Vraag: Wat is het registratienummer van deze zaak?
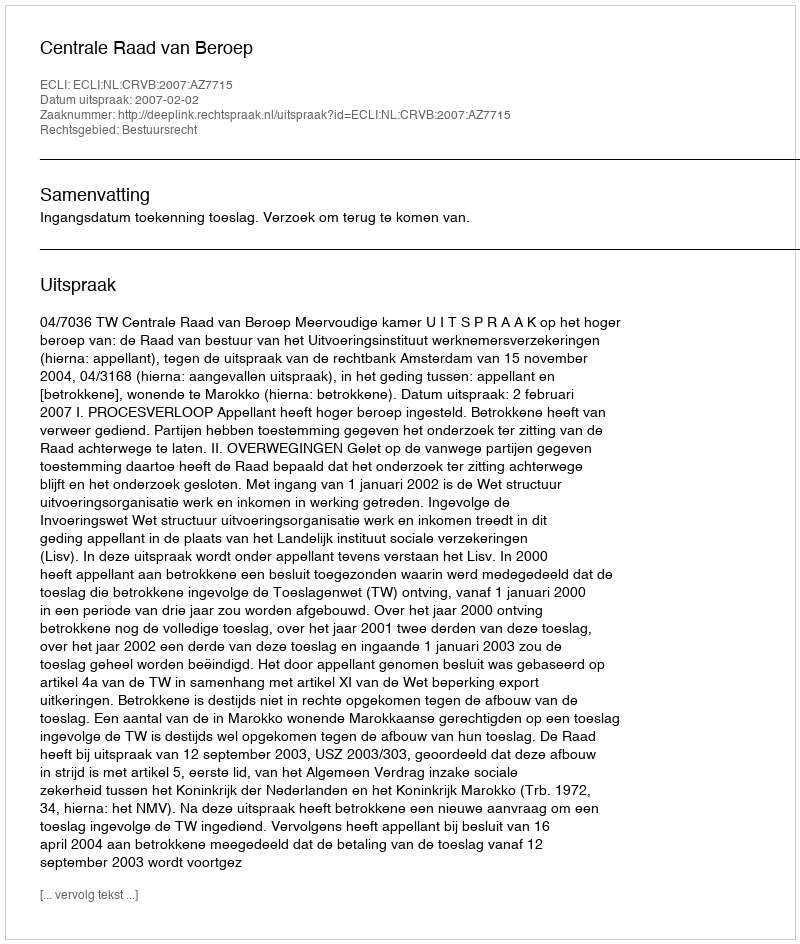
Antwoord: http://deeplink.rechtspraak.nl/uitspraak?id=ECLI:NL:CRVB:2007:AZ7715